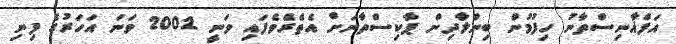
އަފްޣާނިސްތާނު ހިފުމުން ބިންލާދިން ޕާކިސްތާނަށް އެތެރެވެފައި ވަނީ 2002 ވަނަ އަހަރުގެ ފިނި